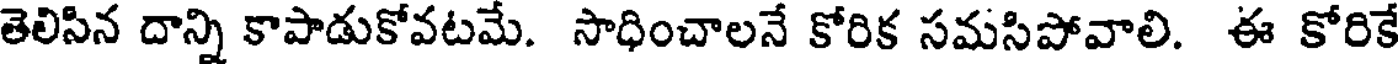
తెలిసిన దాన్ని కాపాడుకోవటమే. సాధించాలనే కోరిక సమసిపోవాలి. ఈ కోరికే